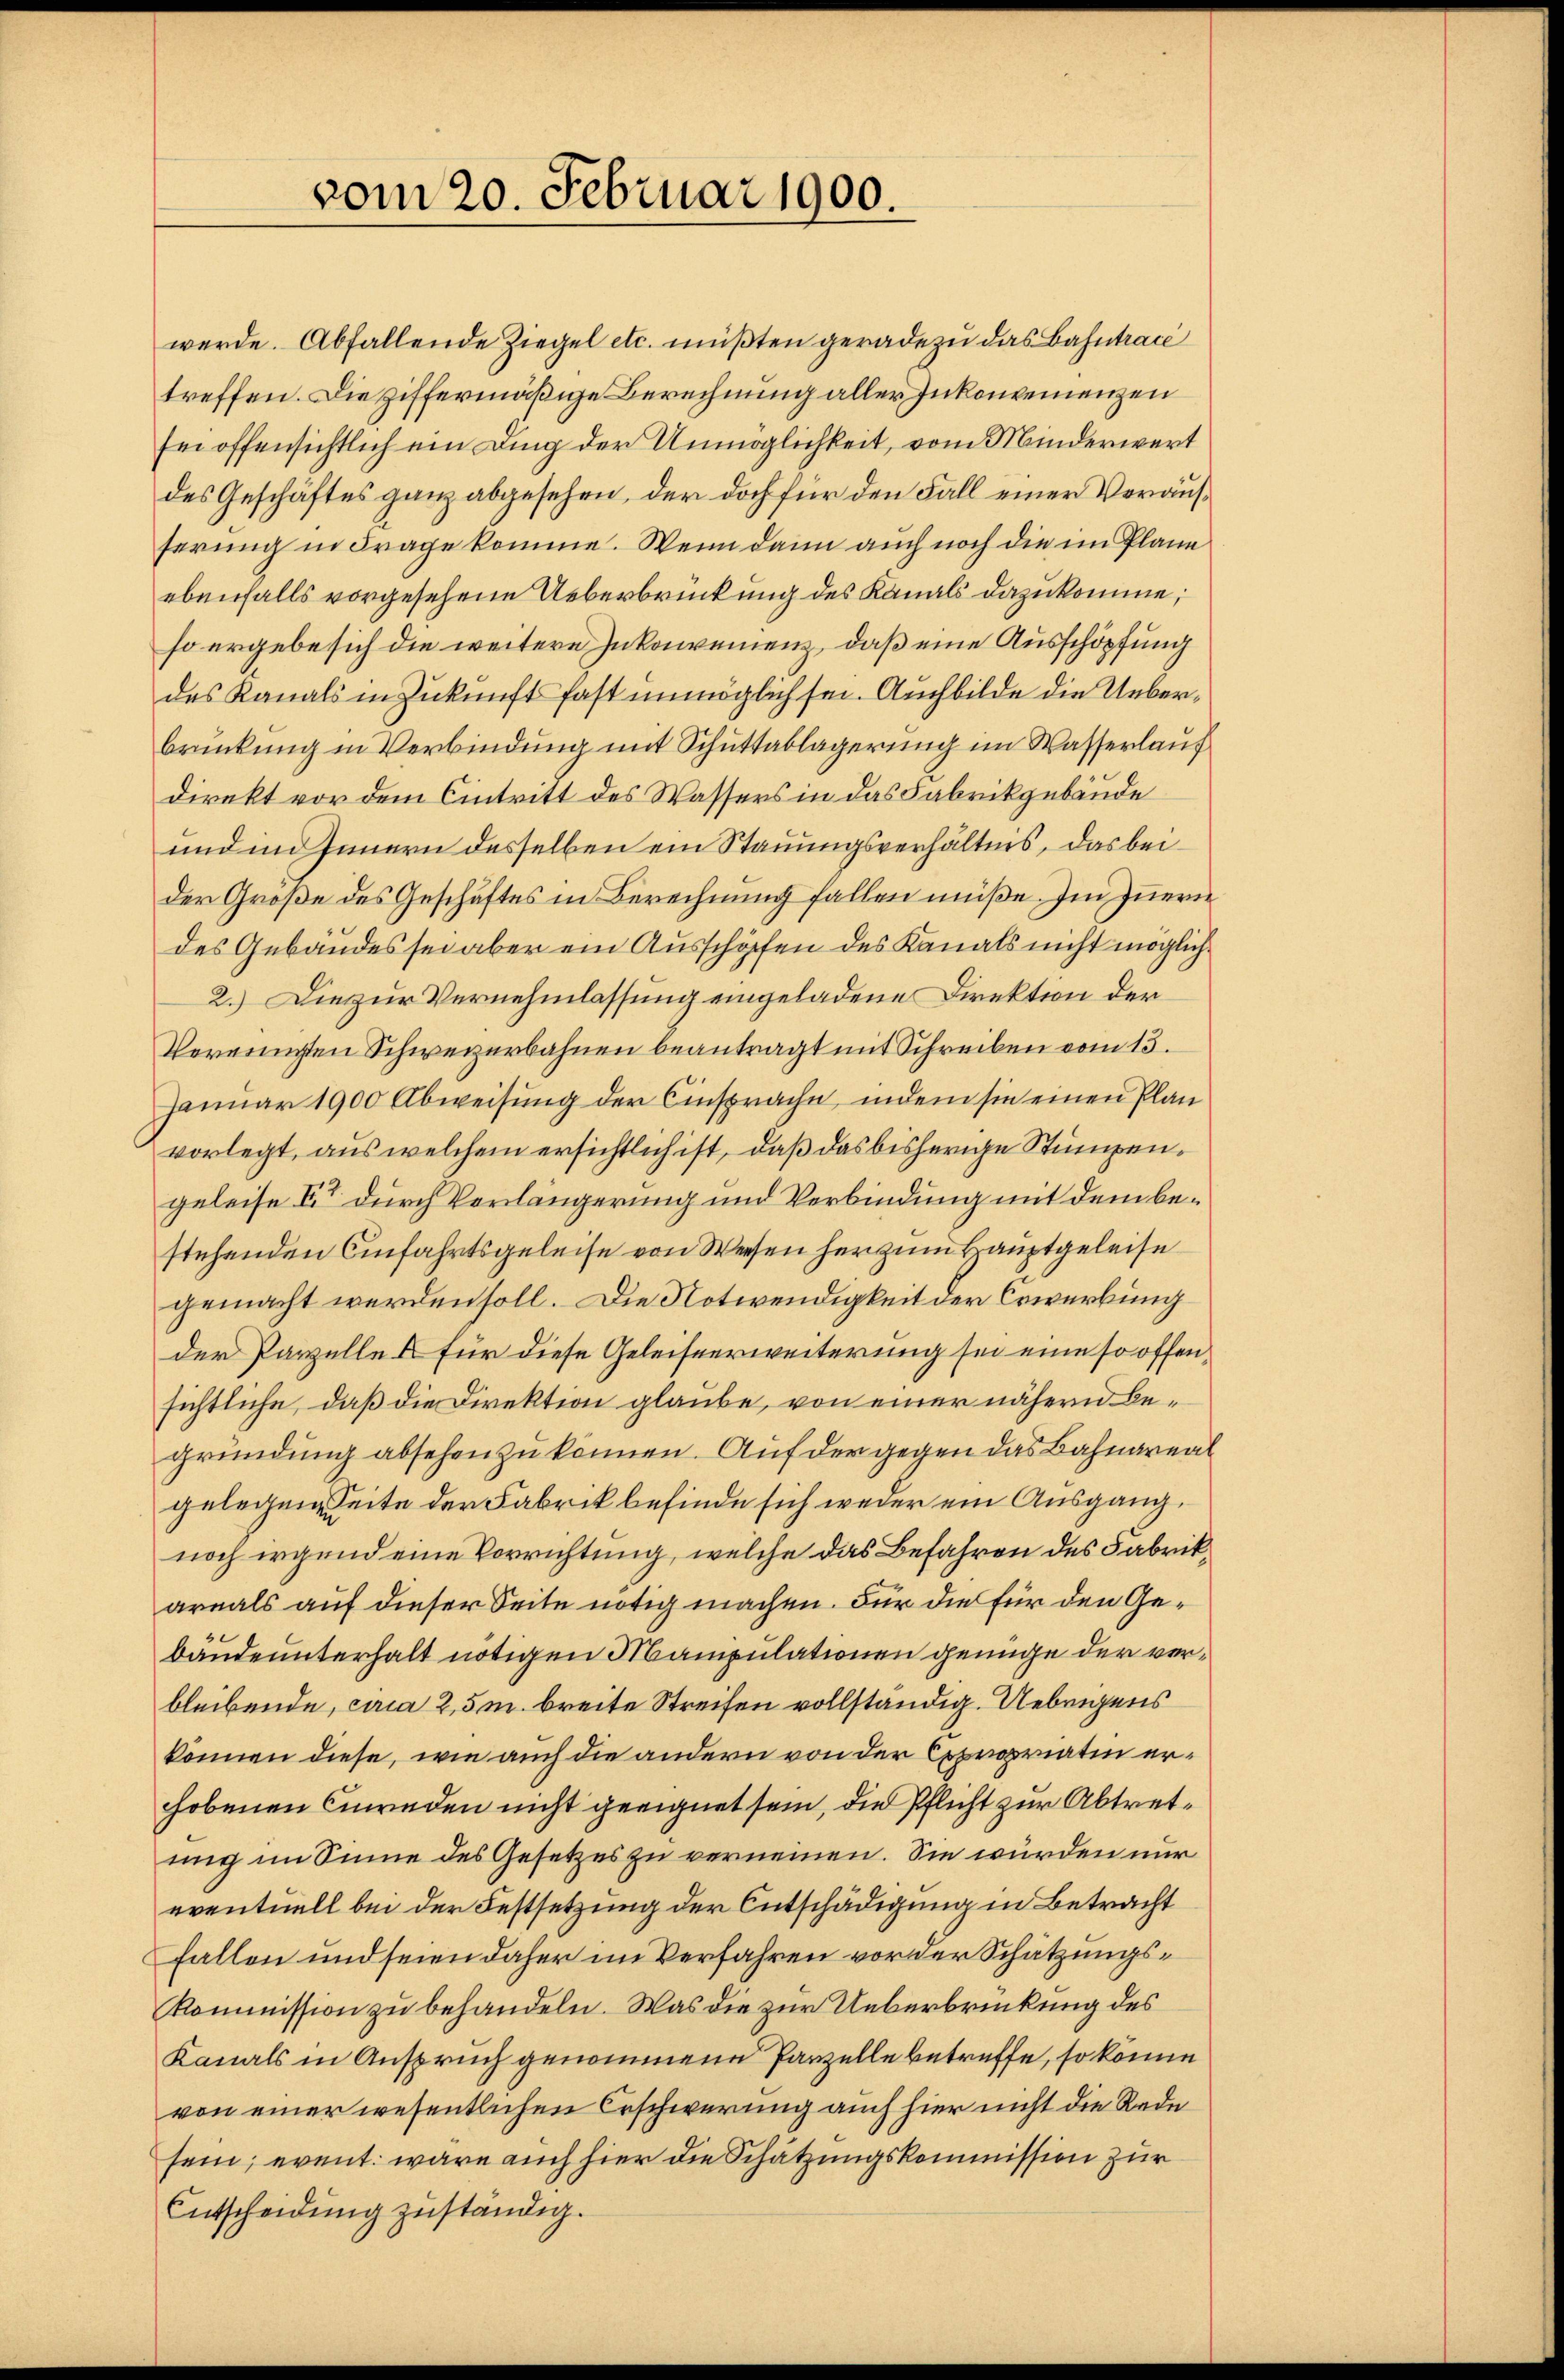
vom 20. Februar 1900.

werde. Abfallende Ziegel etc. müßten geradezu das Bahntracé
treffen. Die ziffermäßige Berechnung aller Inkonvenienzen
sei offensichtlich ein Ding der Unmöglichkeit, vom Minderwert
des Geschäftes ganz abgesehen, der doch für den Fall einer Vorausserung in Frage komme. Wenn dann auch noch die im Plane
ebenfalls vorgesehene Ueberbrückung des Kanals dazukomme;
so ergebe sich die weitere Inkonvenienz, daß eine Ausschöpfung
des Kanals in Zukunft fast unmöglich sei. Auch bilde die Ueberbrückung in Verbindung mit Schuttablagerung im Wasserlauf
direkt vor dem Eintritt des Wassers in das Fabrikgebäude
und im Innern desselben ein Stauungsverhältnis, das beider Große des Geschäftes in Berechnung fallen müße. Im Innern
des Gebäudes sei aber ein Ausschöfen des Kanals nicht möglich¬
2.) Die zur Vernehmlassung eingeladene Direktion der
Vereinigten Schweizerbahnen beantragt mit Schreiben vom 13.
Januar 1900 Abweisung der Einsprache, indem sie einen Plan
vorlegt, aus welchem ersichtlich ist, daß das bisherige Stumpengeleise Er durch Verlängerung und Verbindung mit dem bestehenden Einfahrtsgeleise von Weesen herzum Hauptgeleise
gemacht werden soll. Die Notwendigkeit der Erwerbung
der Parzelle & für diese Geleiseerweiterung sei eine so offensichtliche, daß die Direktion glaube, von einer nähern begründung absehen zu können. Auf der gegen das Bahnareal
gelegen Seite der Fabrik befinde sich weder ein Ausgang,
noch irgend eine Vorrichtung, welche das Befahren des Fabrikarmals auf dieser Seite nötig machen. Für die für den Gebäude unterhalt nötigen Manipulationen genüge der verbleibende, circa 2,5m breite Streifen vollständig. Uebrigens
können diese, wie auch die andern von der Expropriatin erhobenen Einreden nicht geeignet sein, die Pflicht zur Abtretung im Sinne des Gesetzes zu verneinen. Sie würden nur
eventuell bei der Festsetzung der Entschädigung in Betracht
Fallen und seien daher im Verfahren vor der Schätzungs¬
Kommission zu behandeln. Was die zur Ueberbrückung des
Kanals in Anspruch genommene Parzelle betreffe, so könne
von einer wesentlichen Erschwerung auch hier nicht die Rede
sein, event wäre auch hier die Schätzungskommission zur
Entscheidung zuständig.